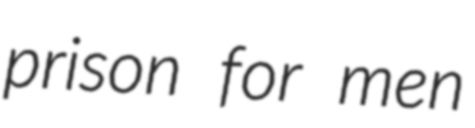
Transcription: prison for men